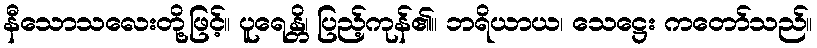
နီသောသလေးတို့ဖြင့်။ ပူရေန္တိ၊ ပြည့်ကုန်၏။ ဘရိယာယ၊ သေဋ္ဌေး ကတော်သည်။